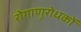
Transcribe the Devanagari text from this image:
रोगाणुरोधकों